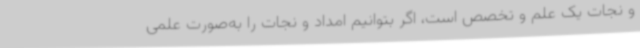
و نجات یک علم و تخصص است، اگر بتوانیم امداد و نجات را به‌صورت علمی